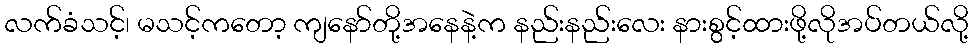
လက်ခံသင့်၊ မသင့်ကတော့ ကျနော်တို့အနေနဲ့က နည်းနည်းလေး နားစွင့်ထားဖို့လိုအပ်တယ်လို့